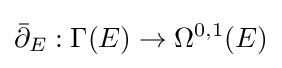
{\bar {\partial }}_{E}:\Gamma (E)\to \Omega ^{0,1}(E)